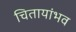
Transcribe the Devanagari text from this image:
चितायांभव